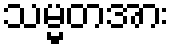
သမ္မတအား